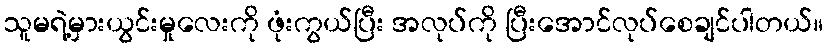
သူမရဲ့မှားယွင်းမှုလေးကို ဖုံးကွယ်ပြီး အလုပ်ကို ပြီးအောင်လုပ်စေချင်ပါတယ်။